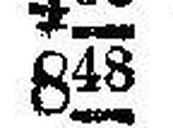
848